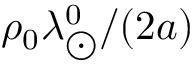
\rho _ { 0 } \lambda _ { \bigodot } ^ { 0 } / ( 2 a )